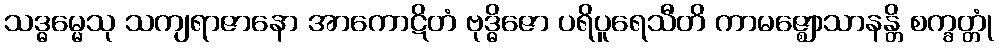
သဒ္ဓမ္မေသု သကျရာဇာနော အာကောဋိတံ ဗုဒ္ဓိဇော ပရိပူရေသီတိ ကာမဇ္ဈောသာနန္တိ စက္ခတ္တုံ